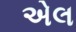
એલ